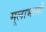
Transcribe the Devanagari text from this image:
मूलाभासों